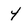
Character: 4